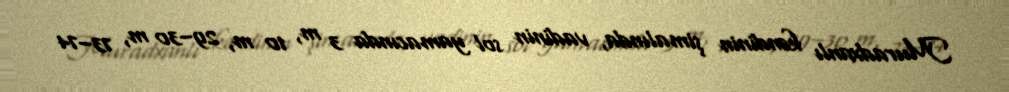
Muradxanlı kəndinin şimalında, vadinin sol yamacında 3 m, 10 m, 29–30 m, 73–74